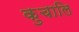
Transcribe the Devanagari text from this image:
कुचालि